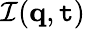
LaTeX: \mathcal{I}(\mathbf{q},\mathtt{t})